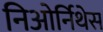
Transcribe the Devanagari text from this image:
निओर्निथेस